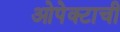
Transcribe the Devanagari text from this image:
ओपेक्टाची